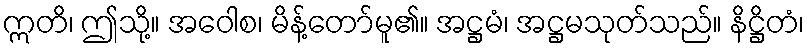
ဣတိ၊ ဤသို့။ အဝေါစ၊ မိန့်တော်မူ၏။ အဋ္ဌမံ၊ အဋ္ဌမသုတ်သည်။ နိဋ္ဌိတံ၊